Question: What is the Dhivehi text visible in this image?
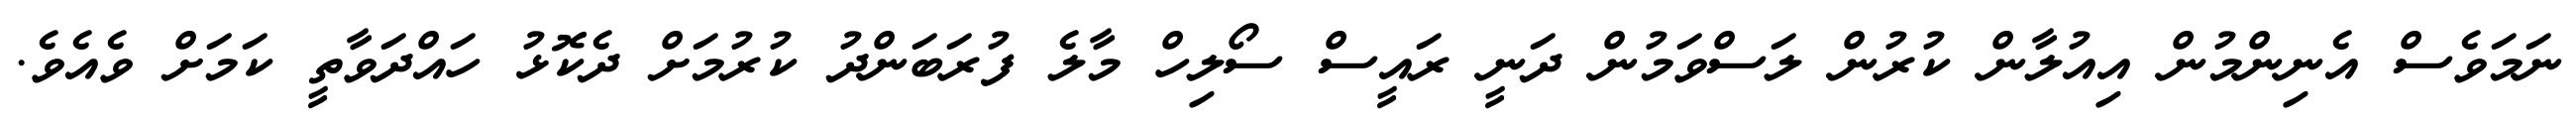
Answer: ނަމަވެސް އެނިންމުން އިއުލާން ކުރުން ލަސްވަމުން ދަނީ ރައީސް ސޯލިހް މާލެ ފުރަބަންދު ކުރުމަށް ދެކޮޅު ހައްދަވާތީ ކަމަށް ވެއެވެ.